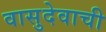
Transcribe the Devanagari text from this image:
वासुदेवाची